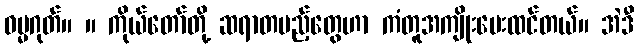
ဓမ္မဂုတ်။ ။ ကိုယ်တော်တို့ ဆရာတပည့်တွေဟာ ကံတူအကျိုးပေးထင်တယ်။ အဲဒီ